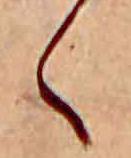
く